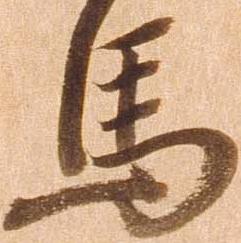
馬